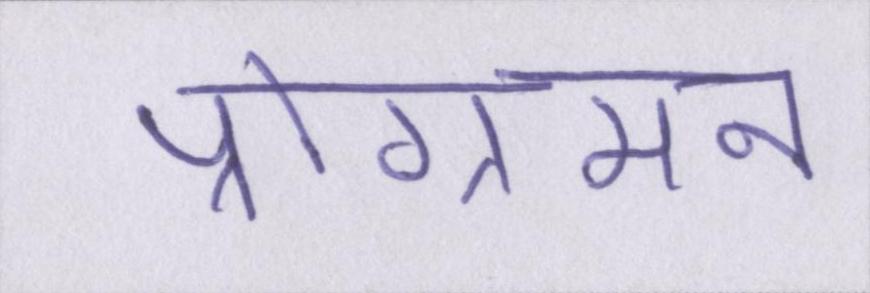
प्रोग्रामन